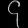
Digit: ၄